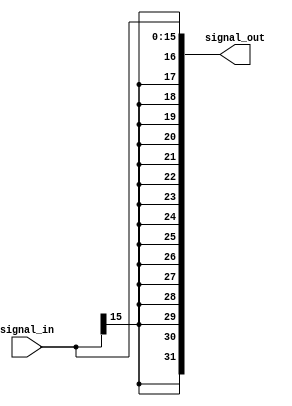
module signal_extend
#(
   parameter OUT_DATA_WIDTH = 32,
   parameter IN_DATA_WIDTH = 16
)(
   input [IN_DATA_WIDTH-1:0] signal_in,
   output [OUT_DATA_WIDTH-1:0] signal_out
);
assign signal_out = {{(OUT_DATA_WIDTH-IN_DATA_WIDTH){signal_in[IN_DATA_WIDTH-1]}},signal_in};
endmodule